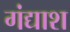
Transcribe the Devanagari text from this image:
गंद्याश